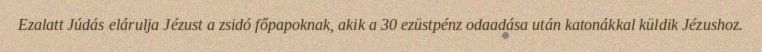
Ezalatt Júdás elárulja Jézust a zsidó főpapoknak, akik a 30 ezüstpénz odaadása után katonákkal küldik Jézushoz.